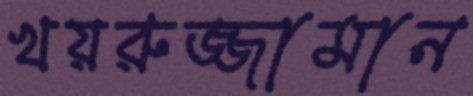
খয়রুজ্জামান